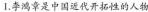
1.李鸿章是中国近代开拓性的人物